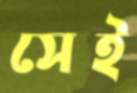
সেই